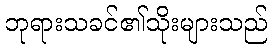
ဘုရားသခင်၏သိုးများသည်